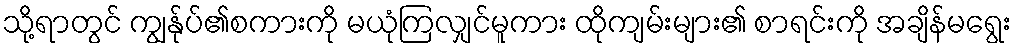
သို့ရာတွင် ကျွန်ုပ်၏စကားကို မယုံကြလျှင်မူကား ထိုကျမ်းများ၏ စာရင်းကို အချိန်မရွေး